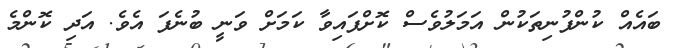
ބައެއް ކުންފުނިތަކުން އަމަލުވެސް ކޮށްފައިވާ ކަމަށް ވަނީ ބުނެފަ އެވެ. އަދި ކޮންމެ